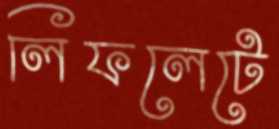
লিফলেটে